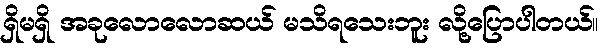
ရှိမရှိ အခုလောလောဆယ် မသိရသေးဘူး လို့ပြောပါတယ်။